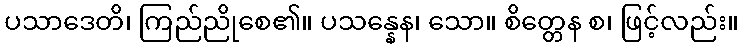
ပသာဒေတိ၊ ကြည်ညိုစေ၏။ ပသန္နေန၊ သော။ စိတ္တေန စ၊ ဖြင့်လည်း။